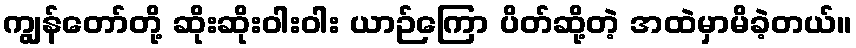
ကျွန်တော်တို့ ဆိုးဆိုးဝါးဝါး ယာဉ်ကြော ပိတ်ဆို့တဲ့ အထဲမှာမိခဲ့တယ်။